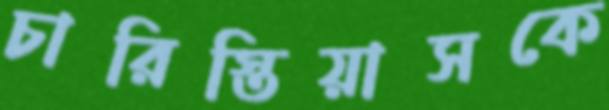
চারিস্তিয়াসকে